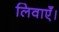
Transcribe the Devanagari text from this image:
लिवाएँ।